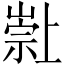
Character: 𱜌